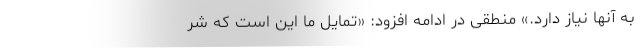
به آنها نیاز دارد.» منطقی در ادامه افزود: «تمایل ما این است که شر